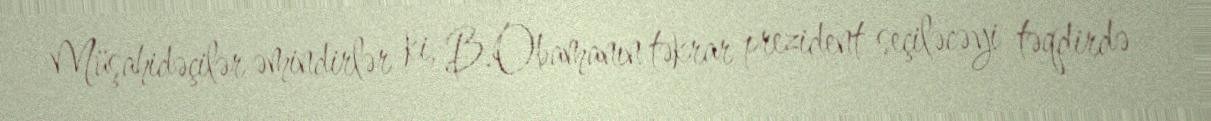
Müşahidəçilər əmindirlər ki, B.Obamanın təkrar prezident seçiləcəyi təqdirdə